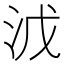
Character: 𣳡